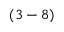
( 3 - 8 )